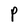
Character: P